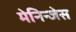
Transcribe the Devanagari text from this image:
मेनिन्जेस